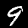
Label: 9